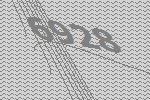
6928